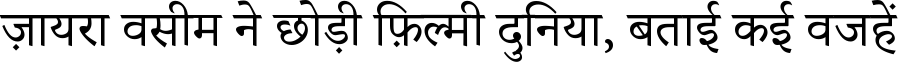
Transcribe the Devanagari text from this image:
ज़ायरा वसीम ने छोड़ी फ़िल्मी दुनिया, बताई कई वजहें